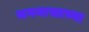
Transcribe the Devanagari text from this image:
भगनासाच्या